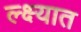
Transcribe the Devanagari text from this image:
ल्क्ष्यात